Civil Veterinary Dept. North-West Frontier Province 1901-22 - 1901-1922
Year: 1901
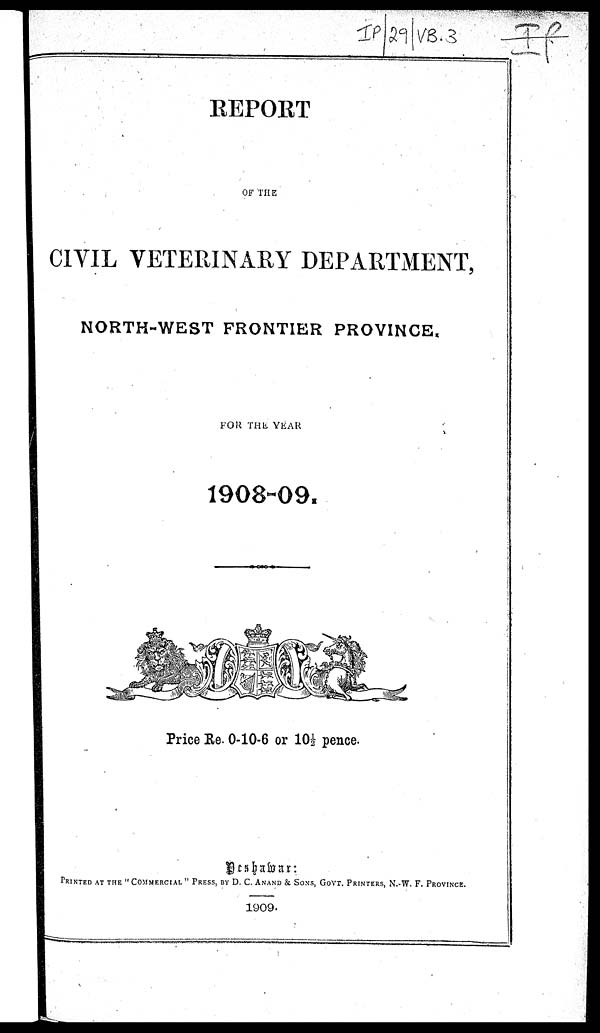
REPORT
OF THE
CIVIL VETERINARY DEPARTMENT,
NORTH-WEST FRONTIER PROVINCE.
FOR THE YEAR
1908-09.
Price Re. 0-10-6 or 10½ pence.
PRINTED AT THE "COMMERCIAL" PRESS BY D. C. ANAND & SONS, GOVT. PRINTERS, N.-W. F. PROVINCE.
1909.